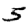
Digit: 5